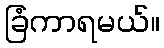
ခြံကာရမယ်။